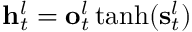
\mathbf { h } _ { t } ^ { l } = \mathbf { o } _ { t } ^ { l } \operatorname { t a n h } ( \mathbf { s } _ { t } ^ { l } )